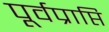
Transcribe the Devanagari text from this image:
पूर्वप्राप्ति